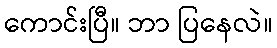
ကောင်းပြီ။ ဘာ ပြနေလဲ။